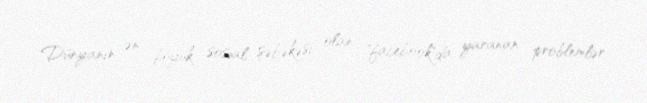
Dünyanın ən böyük sosial şəbəkəsi olan "facebook"da yaranan problemlər